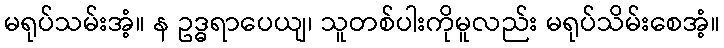
မရုပ်သမ်းအံ့။ န ဥဒ္ဓရာပေယျ၊ သူတစ်ပါးကိုမူလည်း မရုပ်သိမ်းစေအံ့။